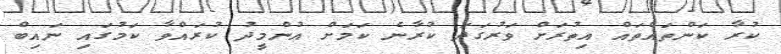
ކުރާ ކަންތައްތައް އިތުރަށް ވަރުގަދަ ކުރާނެ ކަމަށް އުންމީދު ކުރައްވާ ކަމުގައި ނައިބް